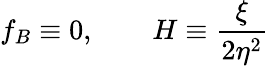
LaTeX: f_{B}\equiv 0,\qquad H\equiv\frac{\xi}{2\eta^{2}}